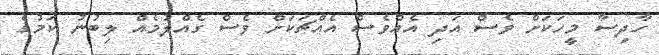
ހާދިސާ މީހަކަށް ވެސް އަދި އެއްވެސް އެއްޗަކަށް ވެސް ގެއްލުމެއް ލިބުނު ކަމުގެ